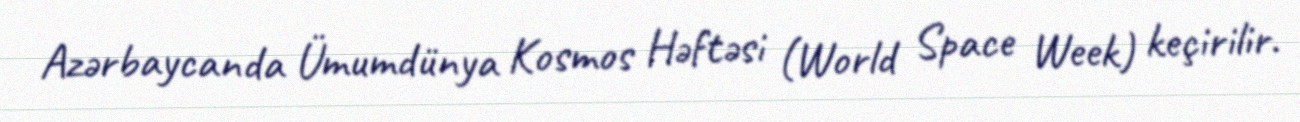
Azərbaycanda Ümumdünya Kosmos Həftəsi (World Space Week) keçirilir.